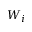
W _ { i }